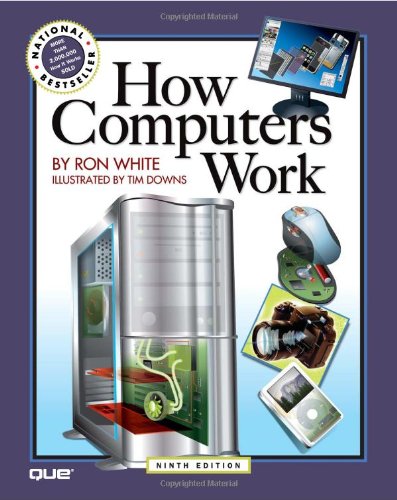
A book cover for How Computers Work (9th Edition); Ron White; Computers & Technology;